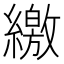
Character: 繳